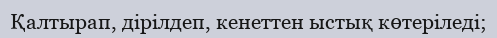
Қалтырап, дірілдеп, кенеттен ыстық көтеріледі;